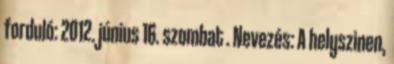
forduló: 2012. június 16. szombat . Nevezés: A helyszinen,